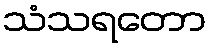
သံသရတော